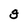
Character: g